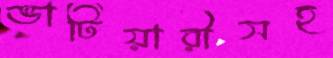
ভাটিয়ারীসহ